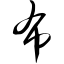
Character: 布